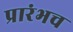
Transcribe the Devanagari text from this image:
प्रारंभच